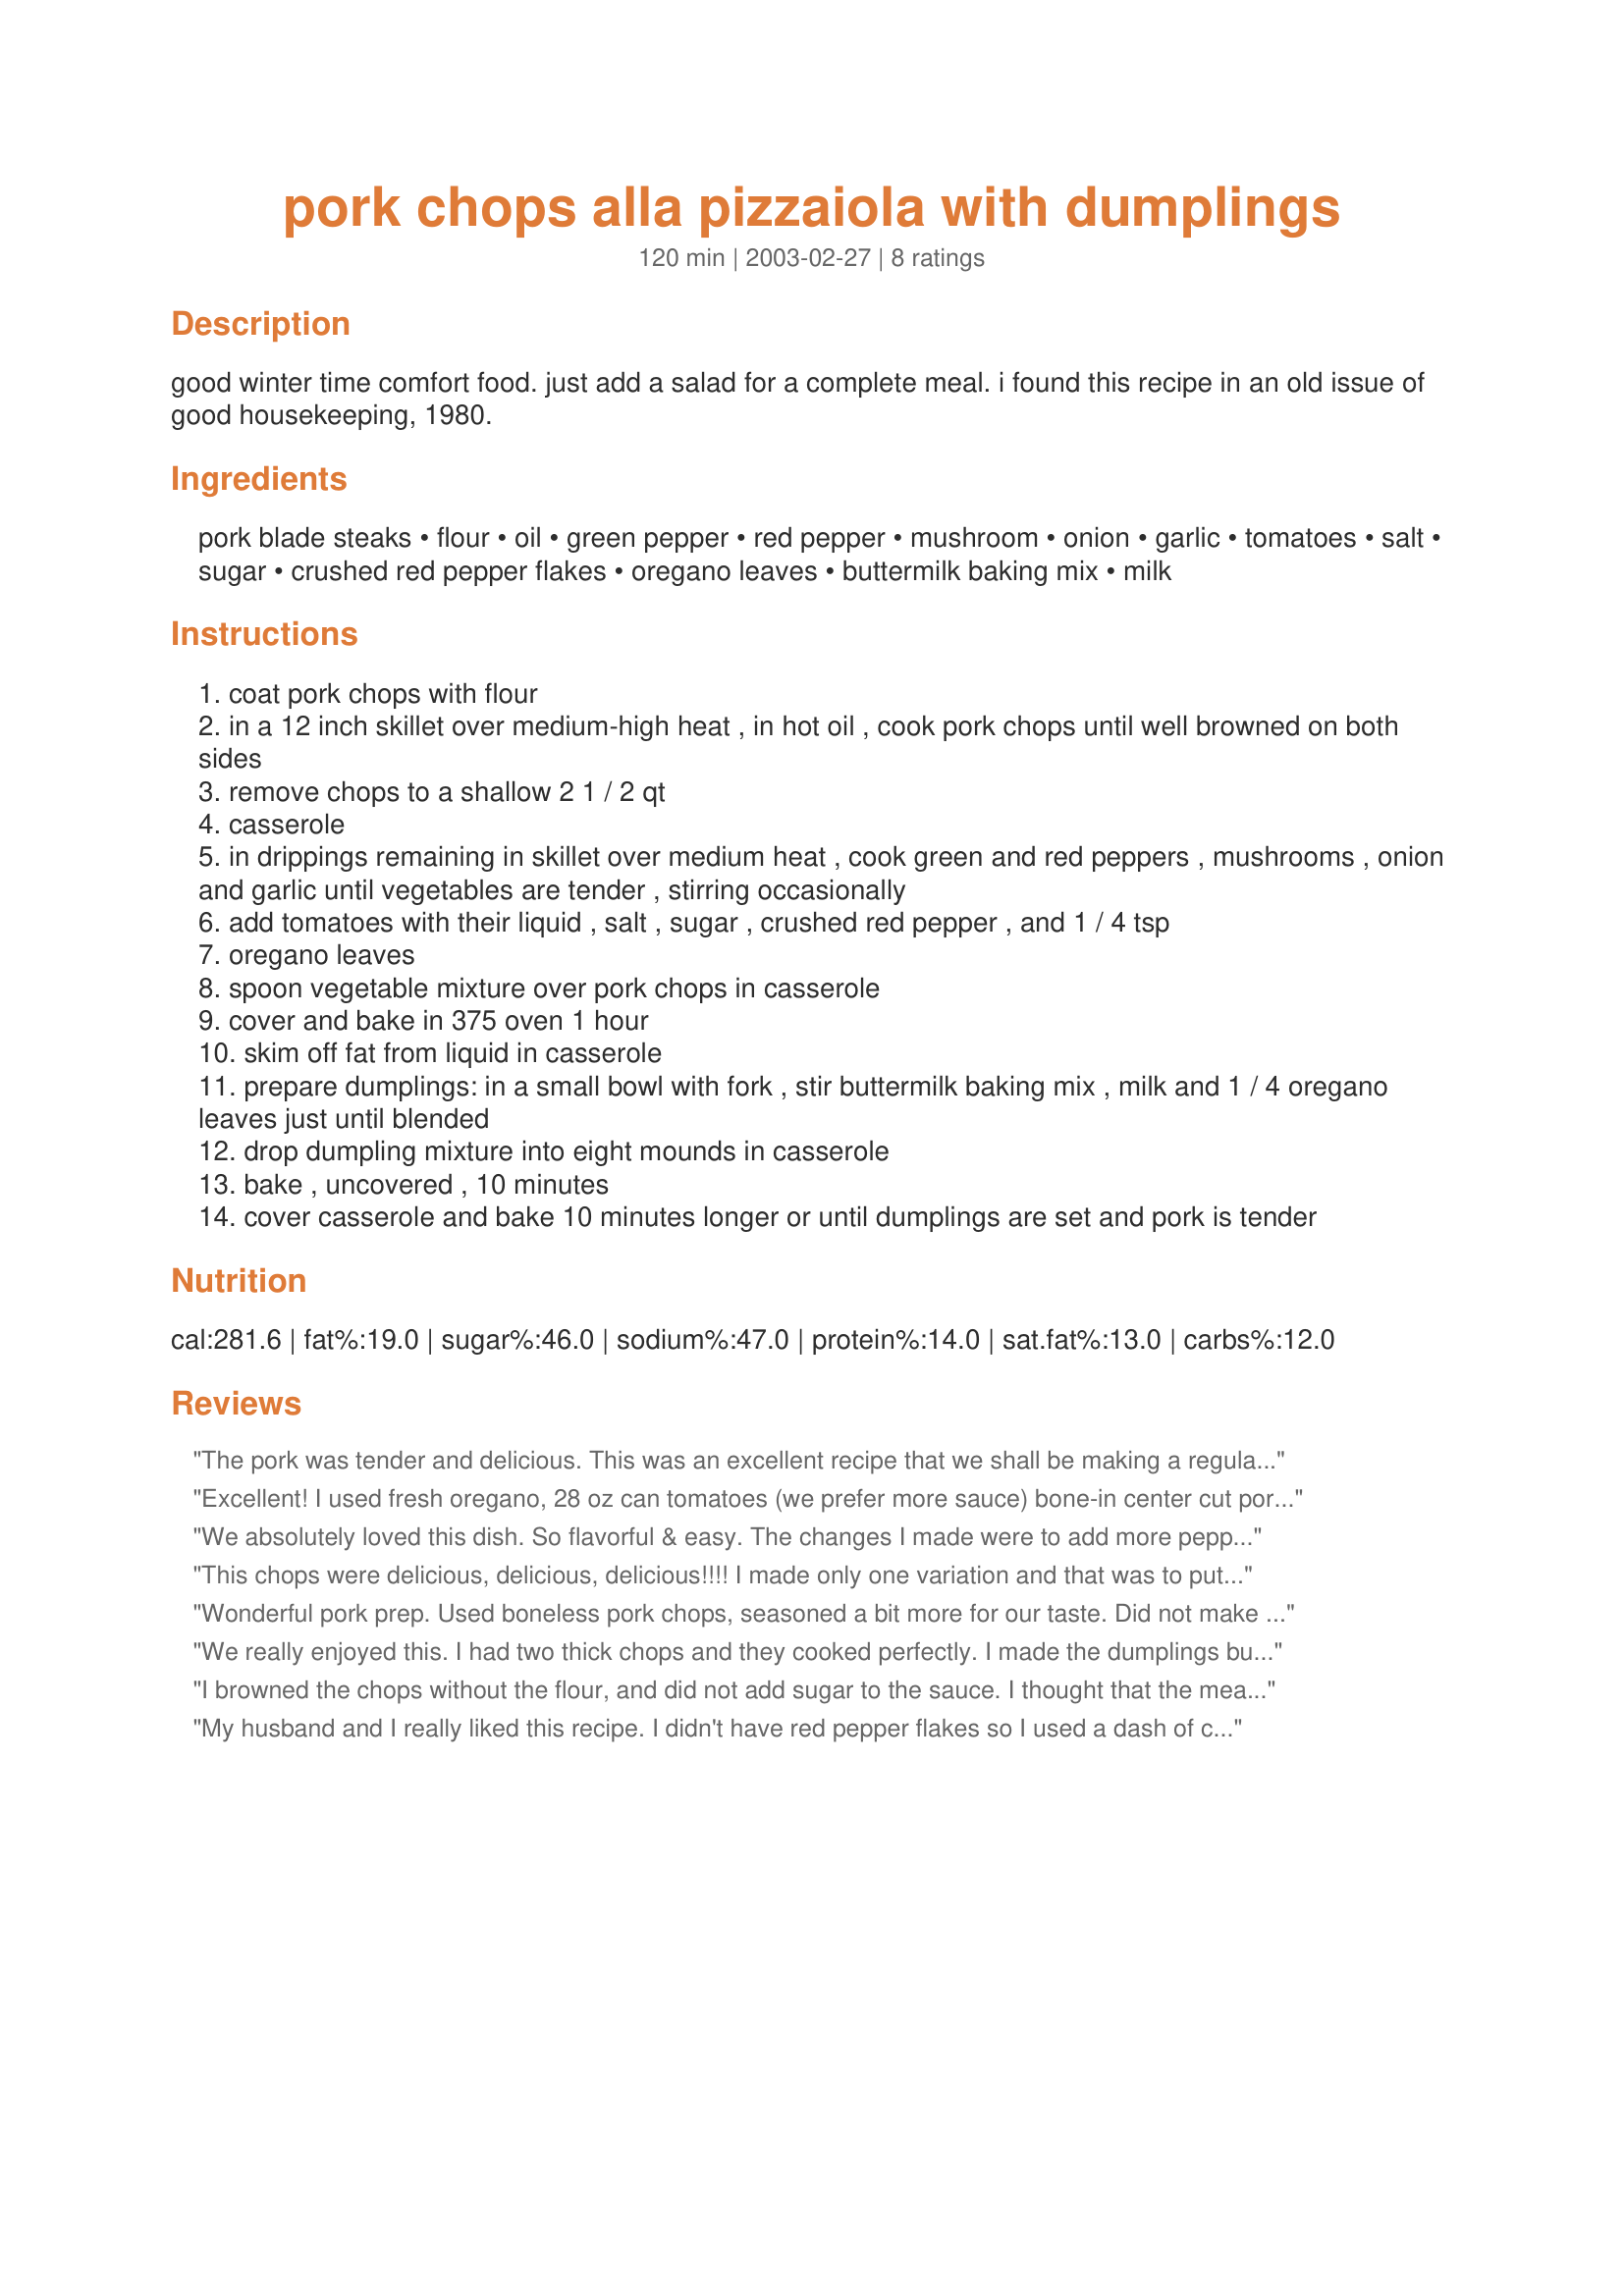
pork chops alla pizzaiola with dumplings
Preparation time: 120 minutes

good winter time comfort food. just add a salad for a complete meal. i found this recipe in an old issue of good housekeeping, 1980.

Ingredients:
pork blade steaks, flour, oil, green pepper, red pepper, mushroom, onion, garlic, tomatoes, salt, sugar, crushed red pepper flakes, oregano leaves, buttermilk baking mix, milk

Steps:
coat pork chops with flour
in a 12 inch skillet over medium-high heat , in hot oil , cook pork chops until well browned on both sides
remove chops to a shallow 2 1 / 2 qt
casserole
in drippings remaining in skillet over medium heat , cook green and red peppers , mushrooms , onion and garlic until vegetables are tender , stirring occasionally
add tomatoes with their liquid , salt , sugar , crushed red pepper , and 1 / 4 tsp
oregano leaves
spoon vegetable mixture over pork chops in casserole
cover and bake in 375 oven 1 hour
skim off fat from liquid in casserole
prepare dumplings: in a small bowl with fork , stir buttermilk baking mix , milk and 1 / 4 oregano leaves just until blended
drop dumpling mixture into eight mounds in casserole
bake , uncovered , 10 minutes
cover casserole and bake 10 minutes longer or until dumplings are set and pork is tender

Reviews:
The pork was tender and delicious. This was an excellent recipe that we shall be making a regular part of our repertoire. Hubby isn't in to spicy, so I left out the red pepper.
Excellent! I used fresh oregano, 28 oz can tomatoes (we prefer more sauce) bone-in center cut pork chops, browned/sauteed according to the recipe and added everything to my slow cooker on high for 3+ hours. I didn't make the dumplings and served with some crusty bread to dip in the sauce instead. Very tender pork and flavorful sauce...the DH is not a huge fan of pork chops or bell peppers but enjoyed this as well....quick to prepare especially if using the slow cooker...Will be making this again...especially looking forward to trying it with the dumplings in the fall. Thanks for posting!
We absolutely loved this dish. So flavorful & easy. The changes I made were to add more pepper, onion & mushrooms. I also added about 3 large cloves of garlic to veggies a couple of minutes prior to adding the tomatoes. I added a 28 oz can of crushed tomatoes cuz DH likes things "saucey". I used fresh basil in place of the oregano. I omitted making the dumplings & served over rice with a green salad. I was worried that the chops wouldn't be tender, but you could cut them with a fork. Thanks for a great recipe, this one is a keeper!
This chops were delicious, delicious, delicious!!!! I made only one variation and that was to put it in the crockpot on low for 5hrs then cook dumplins last 30 min or so.I will be making this recipe again and again!!Meat was fall of the fork tender with just a little bite!!Great recipe:)
Wonderful pork prep. Used boneless pork chops, seasoned a bit more for our taste. Did not make dumplings.
Baked in my LaCrueset. Let rest for a bit covered while I made linguine. The pork was tender enough to pull away without a knife.
We really enjoyed this. I had two thick chops and they cooked perfectly. I made the dumplings but won&#039;t next time as they didn&#039;t add anything. I served this over wide noodles and enjoyed leftover noodles and veggies for lunch the next day.
I browned the chops without the flour, and did not add sugar to the sauce. I thought that the meat and vegetables turned out tender, but the dish was a little too salty. No one here cared for the dumplings. I do not typically assign stars when I have made changes.
My husband and I really liked this recipe. I didn't have red pepper flakes so I used a dash of cumin and added rosemary and oregano to the vegetable mixture. I figured out afterwards that the oregano was supposed to be in the biscuits. I also doubled the amount of biscuit mix for the top - we like biscuits. It was easy and tasty and a nice way to do pork chops. Thanks!
